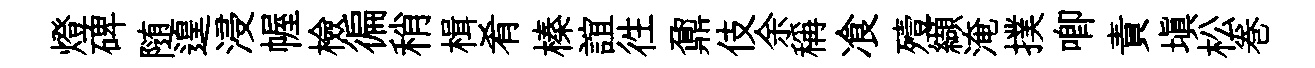
燈碑随遑浸幄檢徧稍楫肴榛誼徃鼐伎余稱飡殪纈淹撲唧責填松巻